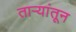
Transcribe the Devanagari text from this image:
ताऱ्यांतून